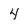
Character: 4